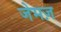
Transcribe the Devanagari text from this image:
जेमज़